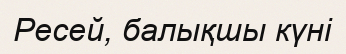
Ресей, балықшы күні